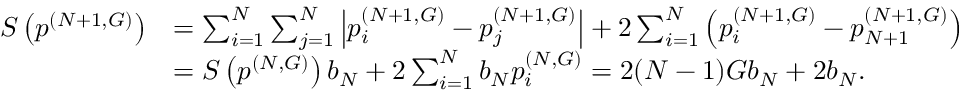
\begin{array} { r l } { S \left( \boldsymbol { p } ^ { ( N + 1 , G ) } \right) } & { = \sum _ { i = 1 } ^ { N } \sum _ { j = 1 } ^ { N } \left| p _ { i } ^ { ( N + 1 , G ) } - p _ { j } ^ { ( N + 1 , G ) } \right| + 2 \sum _ { i = 1 } ^ { N } \left( p _ { i } ^ { ( N + 1 , G ) } - p _ { N + 1 } ^ { ( N + 1 , G ) } \right) } \\ & { = S \left( \boldsymbol { p } ^ { ( N , G ) } \right) b _ { N } + 2 \sum _ { i = 1 } ^ { N } b _ { N } p _ { i } ^ { ( N , G ) } = 2 ( N - 1 ) G b _ { N } + 2 b _ { N } . } \end{array}